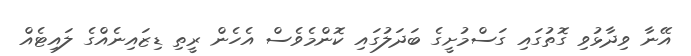
އޭނާ ވިދާޅުވި ގޮތުގައި ގަސްމުށީގެ ބަދަލުގައި ކޮންމެވެސް އެހެން ރީތި ޑިޒައިނެއްގެ ލައިޓެއް